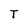
Character: T